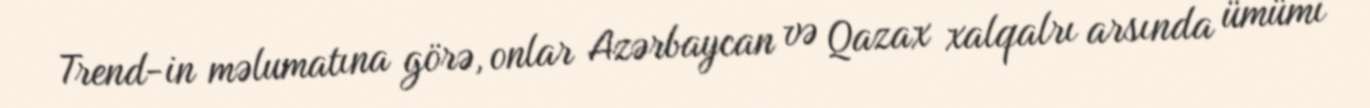
Trend-in məlumatına görə, onlar Azərbaycan və Qazax xalqalrı arsında ümümi